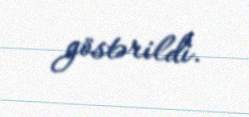
göstərildi.